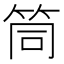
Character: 筒